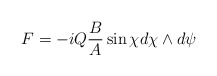
\begin{align*}F = - iQ \frac{B}{A} \sin \chi d \chi \wedge d\psi\end{align*}